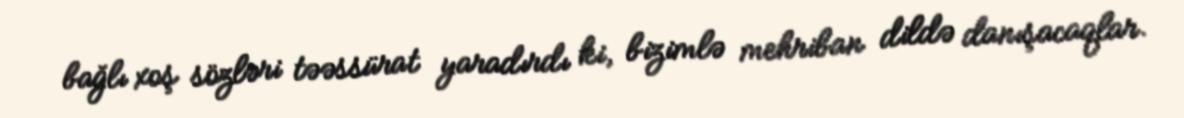
bağlı xoş sözləri təəssürat yaradırdı ki, bizimlə mehriban dildə danışacaqlar.